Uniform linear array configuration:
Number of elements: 64
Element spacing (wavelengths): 0.25
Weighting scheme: hann
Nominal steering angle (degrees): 60
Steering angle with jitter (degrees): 60.797
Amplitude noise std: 0.05
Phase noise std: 0.05

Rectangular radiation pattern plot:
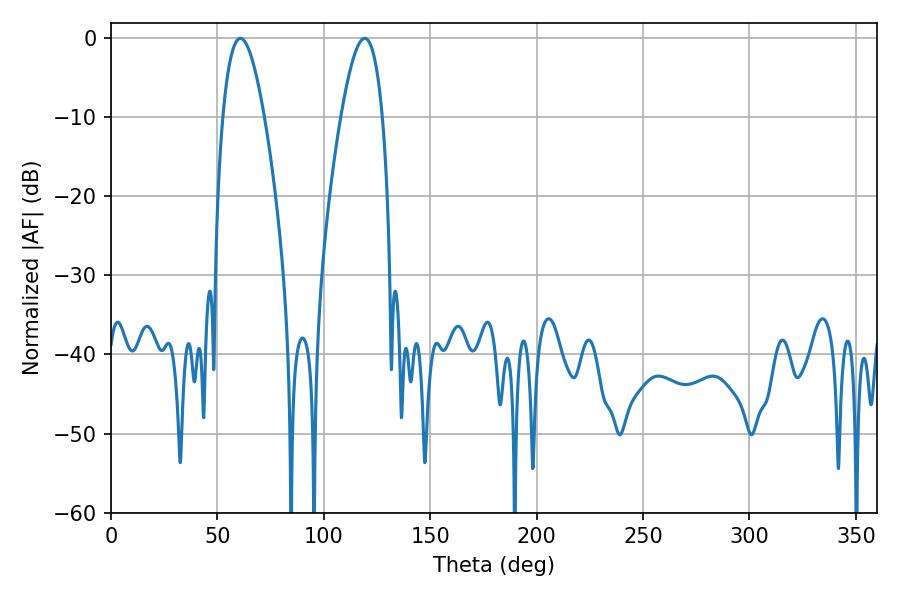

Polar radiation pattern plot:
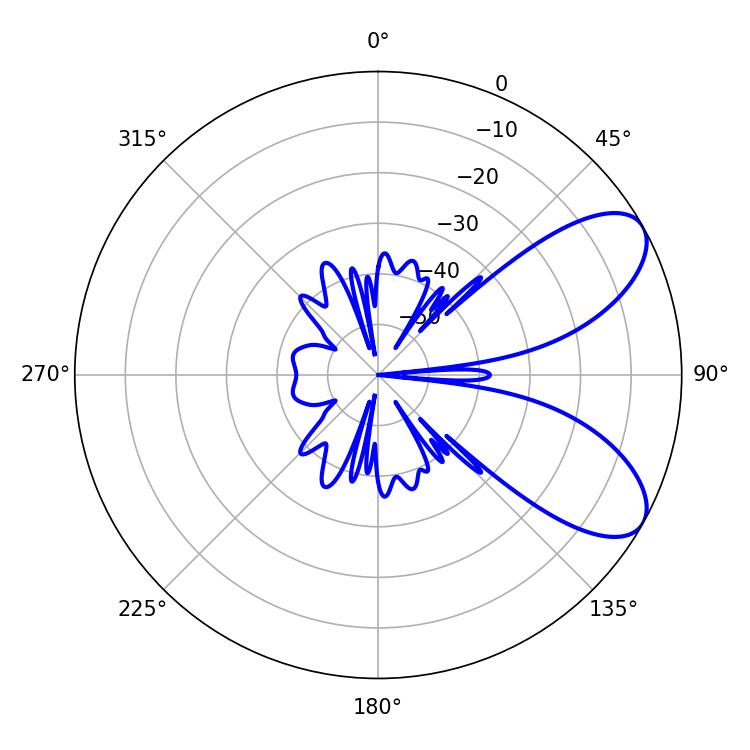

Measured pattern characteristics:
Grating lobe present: FALSE
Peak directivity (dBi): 7.552
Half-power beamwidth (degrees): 10.62
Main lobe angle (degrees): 60.84